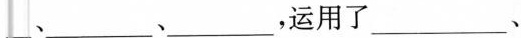
___、_________、_________，运用了_________、